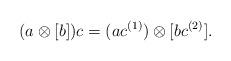
LaTeX: \begin{align*}(a\otimes [b])c=(ac^{(1)})\otimes [bc^{(2)}]. \end{align*}